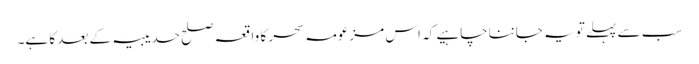
سب سے پہلے تو یہ جاننا چاہیے کہ اس مزعومہ سحر کا واقعہ صلح حدیبیہ کے بعد کا ہے۔